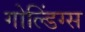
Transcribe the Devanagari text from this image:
गोल्डिंग्स